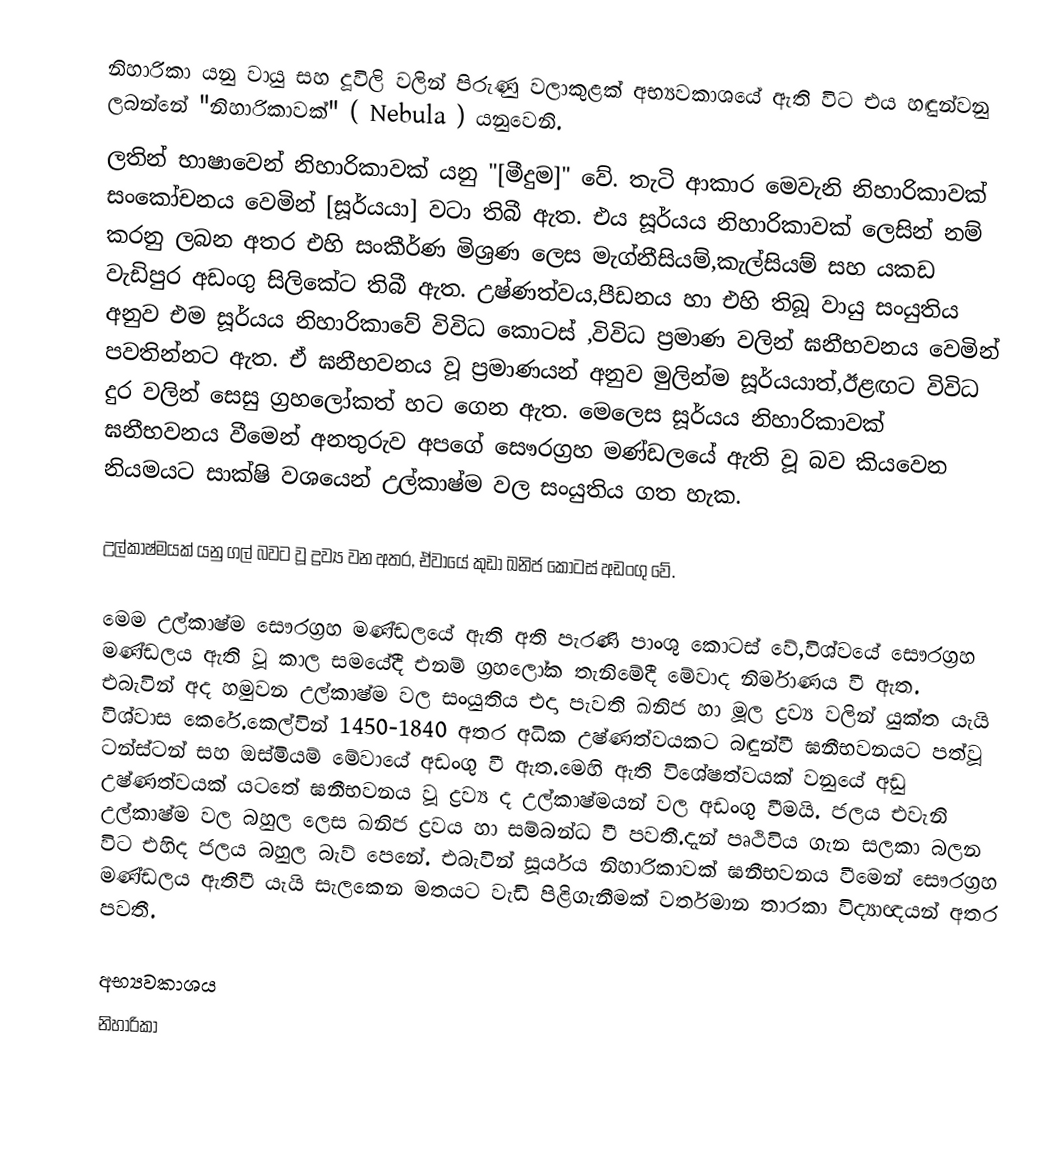
නිහාරිකා යනු    වායු සහ දූවිලි වලින් පිරුණු වලාකුළක් අභ්‍යවකාශයේ ඇති විට එය හඳුන්වනු ලබන්නේ "නිහාරිකාවක්" ( Nebula  ) යනුවෙනි.
ලතින් භාෂාවෙන් නිහාරිකාවක් යනු "[මීදුම]" වේ. තැටි ආකාර මෙවැනි නිහාරිකාවක් සංකෝචනය වෙමින් [සූර්යයා] වටා තිබී ඇත. එය සූර්යය නිහාරිකාවක් ලෙසින් නම් කරනු ලබන අතර එහි සංකීර්ණ මිශ්‍රණ ලෙස මැග්නීසියම්,කැල්සියම් සහ යකඩ වැඩිපුර අඩංගු සිලිකේට තිබී ඇත. උෂ්ණත්වය,පීඩනය හා එහි තිබූ වායු සංයුතිය අනුව එම සූර්යය නිහාරිකාවේ විවිධ කොටස් ,විවිධ ප්‍රමාණ වලින් ඝනීභවනය වෙමින් පවතින්නට ඇත. ඒ ඝනීභවනය වූ ප්‍රමාණයන් අනුව මුලින්ම සූර්යයාත්,ඊළඟට විවිධ දුර වලින් සෙසු ග්‍රහලෝකත් හට ගෙන ඇත. මෙලෙස සූර්යය නිහාරිකාවක් ඝනීභවනය වීමෙන් අනතුරුව අපගේ සෞරග්‍රහ මණ්ඩලයේ ඇති වූ බව කියවෙන නියමයට සාක්ෂි වශයෙන් උල්කාෂ්ම වල සංයුතිය ගත හැක.

උල්කාෂ්මයක් යනු ගල් බවට වූ ද්‍රව්‍ය වන අතර, ඒවායේ කුඩා ඛනිජ කොටස් අඩංගු වේ.

මෙම උල්කාෂ්ම  සෞරග්‍රහ මණ්ඩලයේ ඇති අති පැරණි පාංශු කොටස් වේ,විශ්වයේ සෞරග්‍රහ මණ්ඩලය ඇති වූ කාල සමයේදී එනම් ග්‍රහලෝක තැනිමේදී මේවාද නිර්මාණය වී ඇත. එබැවින් අද හමුවන උල්කාෂ්ම වල සංයුතිය එදා පැවති ඛනිජ හා මූල ද්‍රව්‍ය වලින් යුක්ත යැයි විශ්වාස කෙරේ.කෙල්වින් 1450-1840 අතර අධික උෂ්ණත්වයකට බඳුන්වී ඝනීභවනයට පත්වූ ටන්ස්ටන් සහ ඔස්මියම් මේවායේ අඩංගු වී ඇත.මෙහි ඇති විශේෂත්වයක් වනුයේ අඩු උෂ්ණත්වයක් යටතේ ඝනීභවනය වූ ද්‍රව්‍ය ද උල්කාෂ්මයන් වල අඩංගු වීමයි. ජලය එවැනි උල්කාෂ්ම වල බහුල ලෙස ඛනිජ ද්‍රවය හා සම්බන්ධ වී පවතී.දැන් පෘථිවිය ගැන සලකා බලන විට එහිද ජලය බහුල බැව් පෙනේ. එබැවින් සූර්යය නිහාරිකාවක් ඝනීභවනය වීමෙන් සෞරග්‍රහ මණ්ඩලය ඇතිවී යැයි සැලකෙන මතයට වැඩි පිළිගැනීමක් වර්තමාන තාරකා විද්‍යාඥයන් අතර පවතී.

අභ්‍යවකාශය
නිහාරිකා